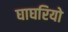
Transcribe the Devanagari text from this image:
घाघरियो